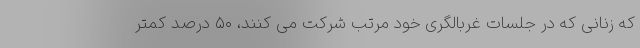
که زنانی که در جلسات غربالگری خود مرتب شرکت می کنند، ۵۰ درصد کمتر